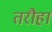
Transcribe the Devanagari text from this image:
तरौहां